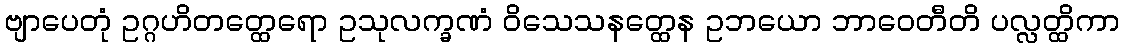
ဗျာပေတုံ ဥဂ္ဂဟိတတ္ထေရော ဥသုလက္ခဏံ ဝိသေသနတ္ထေန ဥဘယော ဘာဝေတီတိ ပလ္လတ္ထိကာ